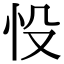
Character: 𢗎